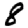
Digit: 8